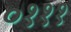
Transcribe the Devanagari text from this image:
०१११